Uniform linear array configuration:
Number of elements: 8
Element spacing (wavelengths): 0.25
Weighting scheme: hann
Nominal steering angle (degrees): -60
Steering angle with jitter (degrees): -58.341
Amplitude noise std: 0.05
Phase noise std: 0.05

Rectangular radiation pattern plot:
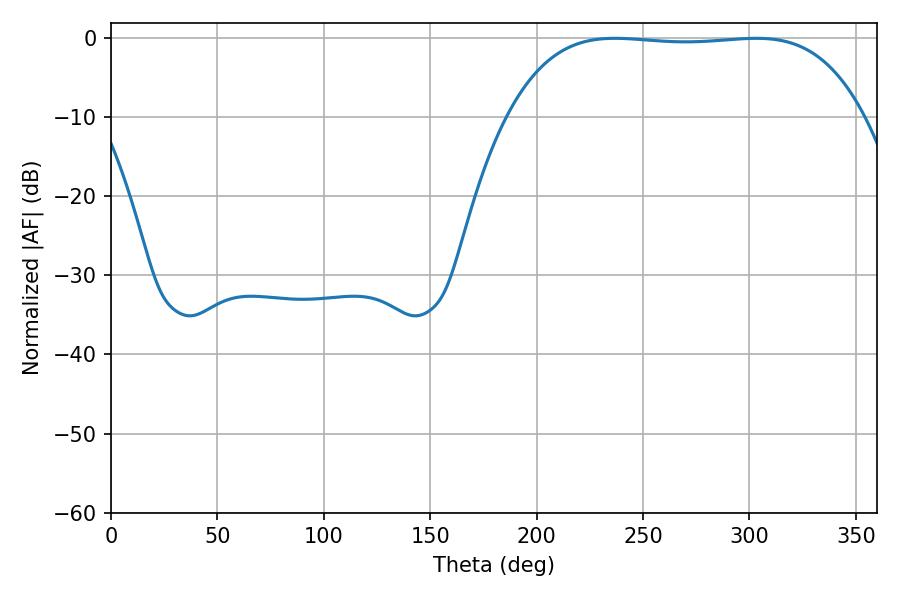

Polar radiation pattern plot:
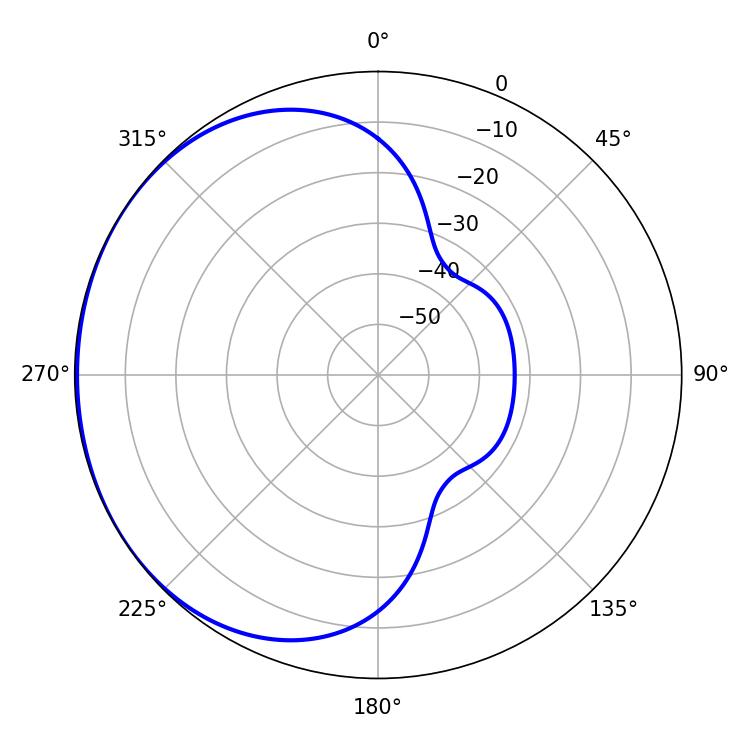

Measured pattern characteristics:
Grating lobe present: FALSE
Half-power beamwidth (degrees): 130.68
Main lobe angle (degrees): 236.7